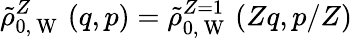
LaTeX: \tilde{\rho}_{0,\mathrm{~W~}}^{Z}\left(q,p\right)=\tilde{\rho}_{0,\mathrm{~W~}}^{Z=1}\left(Zq,p/Z\right)